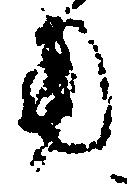
用